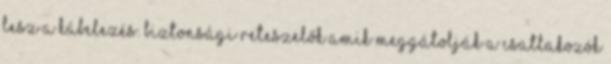
lesz a kábelezés. Biztonsági reteszelők amik meggátolják a csatlakozók